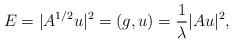
LaTeX: \begin{align*}E=|A^{1/2}u|^2=(g,u)=\frac{1}{\lambda} |Au|^2,\end{align*}